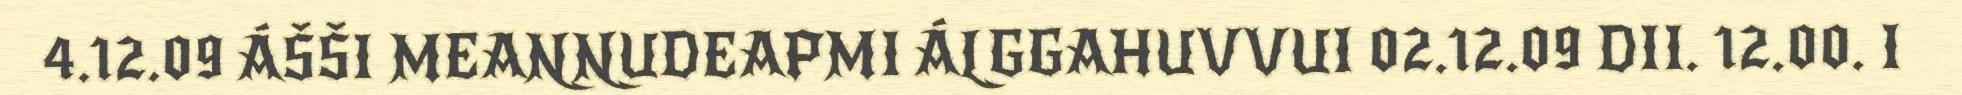
4.12.09 ÁŠŠI MEANNUDEAPMI ÁLGGAHUVVUI 02.12.09 DII. 12.00. I